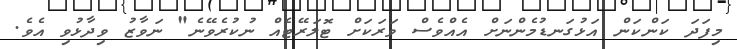
މިފަދަ ކަންކަން އަޅުގަނޑުމެންނަށް އެއްވެސް ވަރަކަށް ޓޮލަރޭޓެއް ނުކުރެވޭނެ" ނަވާޒު ވިދާޅުވި އެވެ.